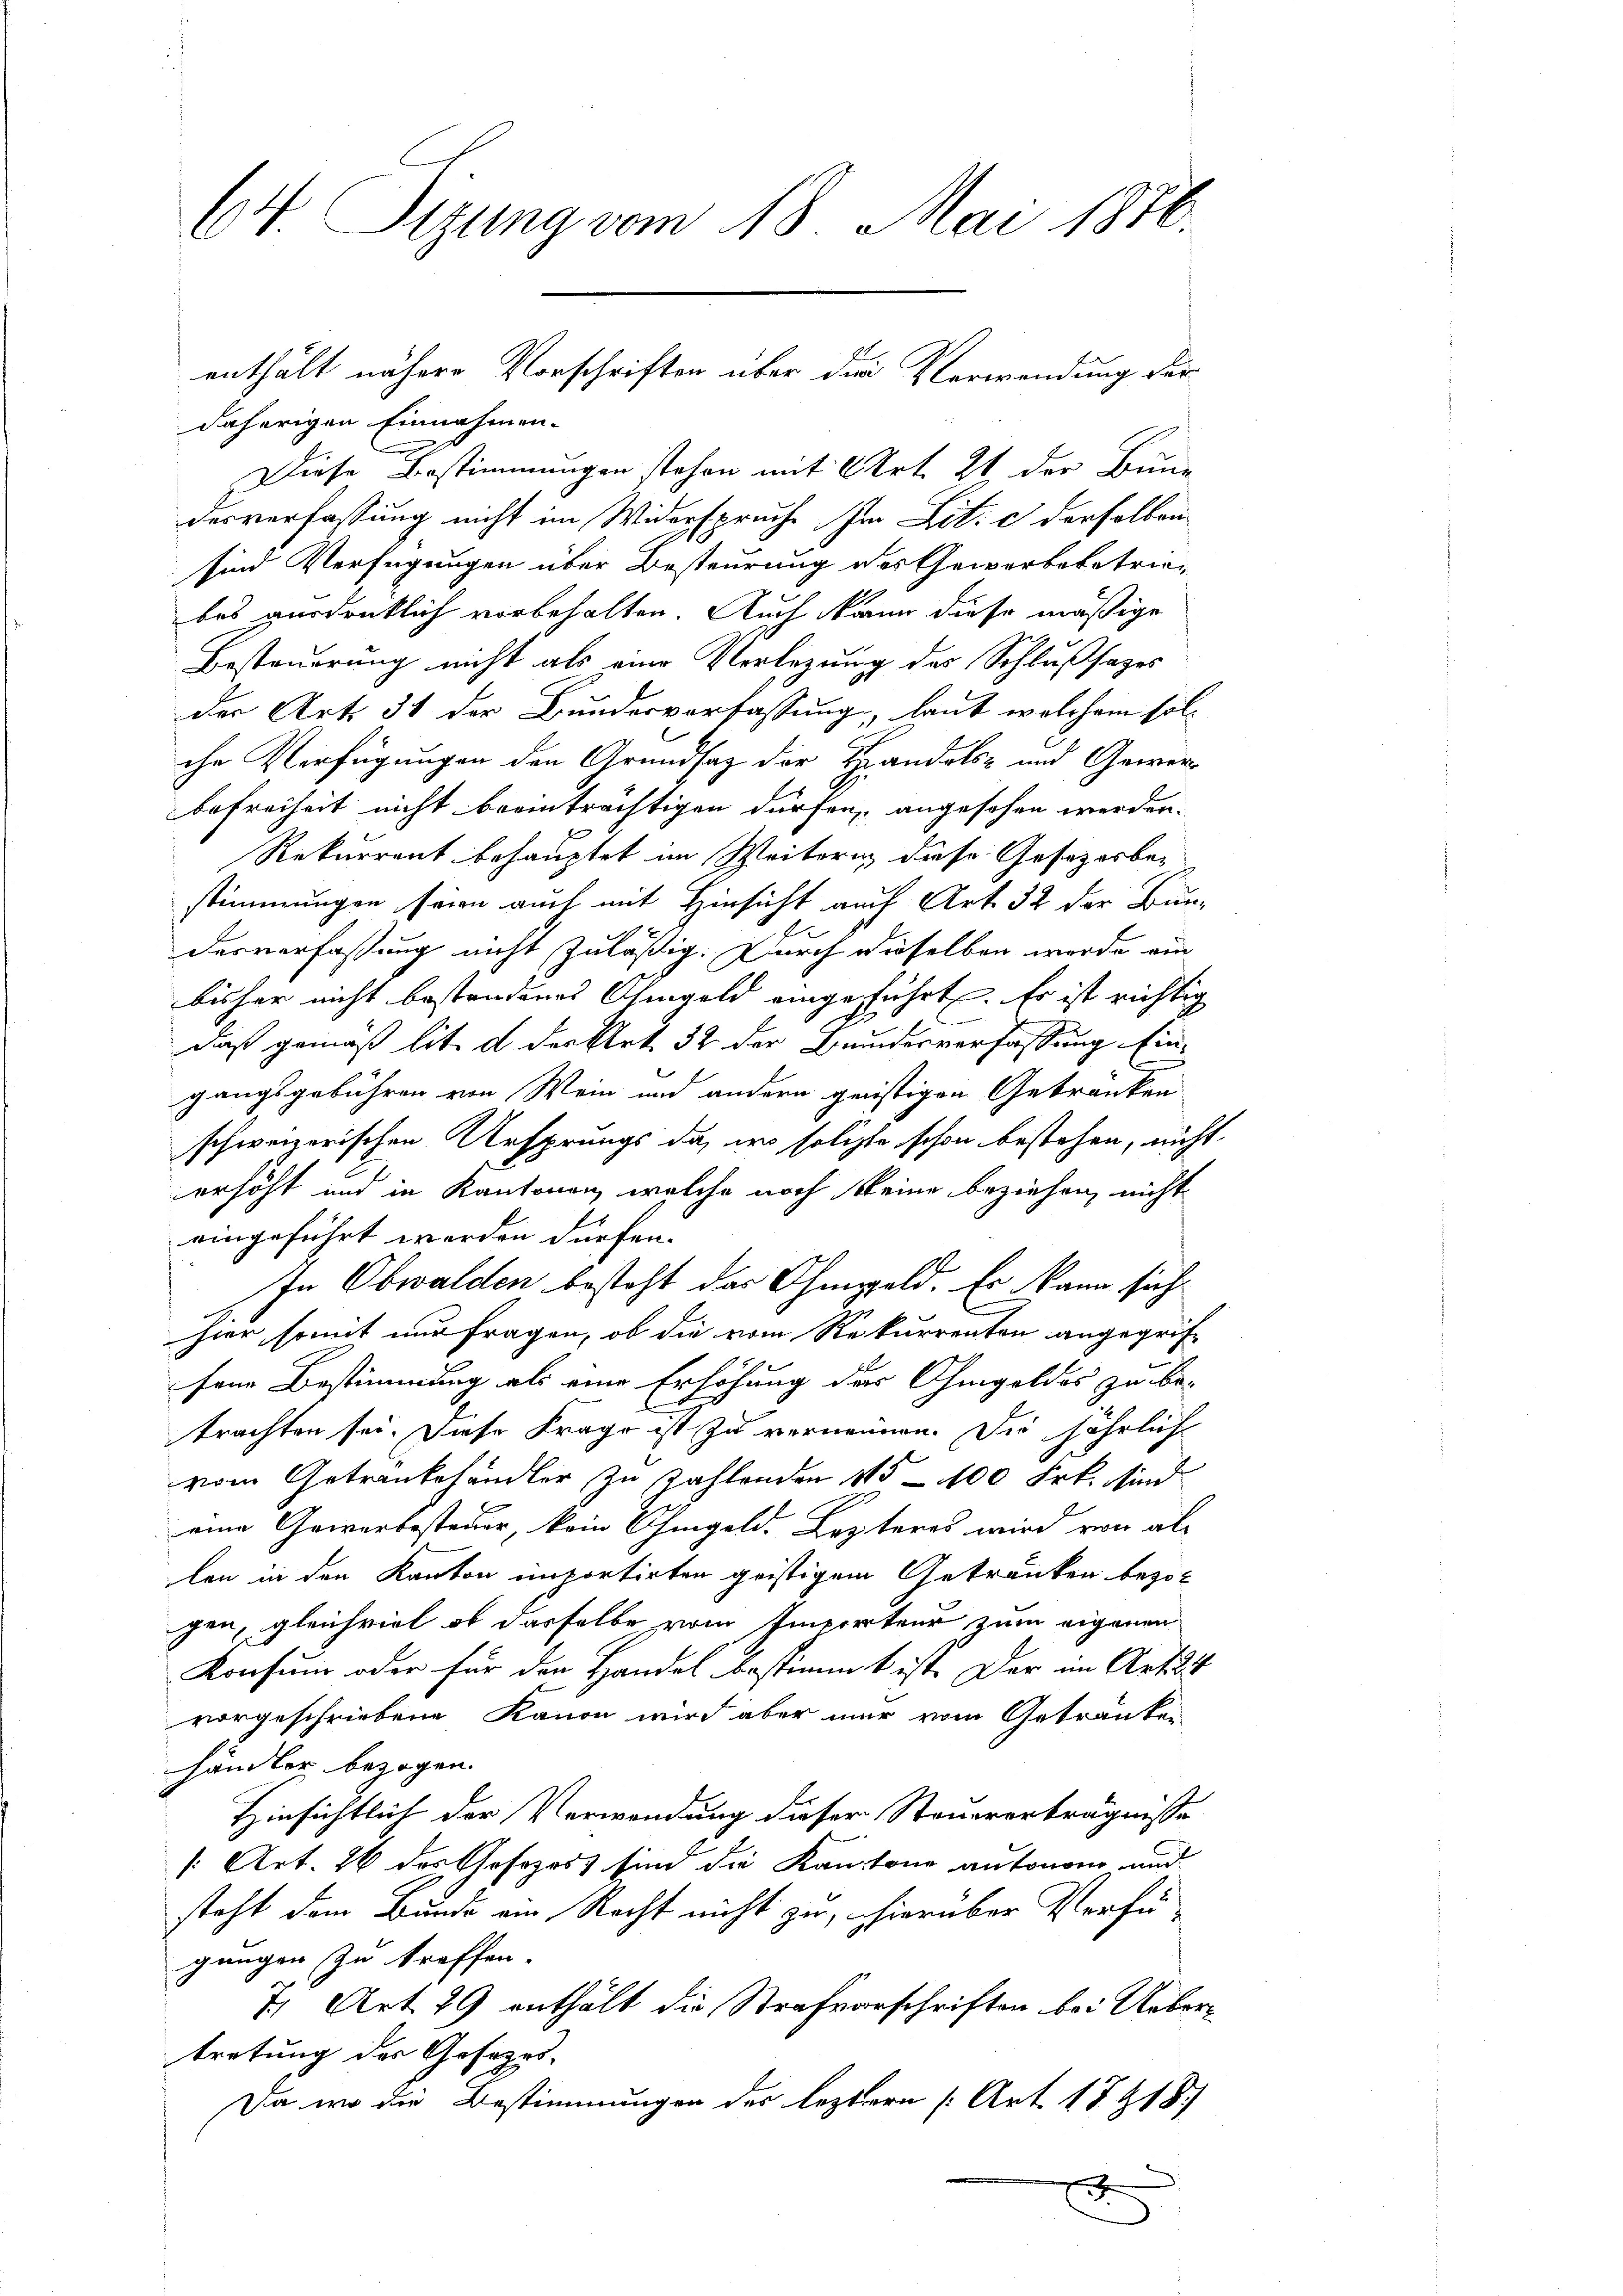
64 Sizung vom 18. Mai 1876.

daherigen Einnahmen.
Diese Bestimmungen stehen mit Art. 21 der Bunde
desverfassung nicht im Widerspruche im Lit. c derselben
sind Verfügungen über Besteurung des Gewerbebetriebes ausdrüklich vorbehalten. Auch kann diese mäßige
Besteuerung nicht als eine Verlegung des Schlußsatzes
der Art. 31 der Bundesverfassung, laut welchem solche Verfügungen den Grundsaz der Handels- und Gewerbefreiheit nicht beeinträchtigen dürfen, angesehen werden.
Rekurrent behauptet im Weiterung diese Gosozorbestimmungen seien auch mit Hinsicht auch Art. 32 der Bun¬
2
desverfassung nicht zuläßig. Durch dieselben werde ein
bisher nicht bestandenes Ohmgeld eingeführt. Es ist richtig
daß gemäß lit. d der Art. 32 der Brundesverfassung Eingangsgebühren von Wein und andern geistigen Gekränken
schweizerischen Ursprungs da, wo solche schon bestehen, nicht
erhöht und in Kantonen, welche noch keine beziehen, nicht
eingeführt werden dürfen.
In Obwalden besteht das Ohmgeld. Er kann sich
hier somit nur fragen, ob die vom Rekurrenten angegriffene Bestimmung als eine Erhöhung der Ohmgeldes zu be-
trachten sei. Diese Frage ist zu vernennen. Die jährlich
vom Getrankehändler zu zahlenden 115 - 100 Frk. sind.
eine Gewerbssteuer, kein Ohmgeld. Lezteres wird von allen in den Kanton unportirten geistigem Getränken bezo
gen, gleichviel ob dasselbe vom Imperteur zum eigenen
Konsum oder für den Handel bestimmt ist. Der im Art. 34
vorgeschriebene Kanon wird aber mir vom Getränker
händler bezogen.
Hinsichtlich der Verwendung dieser Steuererträgnisse
[: Art. 26 des Gesozoss sind die Kantone autonomo und
steht dem Bunde ein Recht nicht zu, hierüber Verfü-
gungen zu treffen.
7) Art. 29 enthält die Strafverschriften bei Uebertretung des Gesezes-
Da wo die Bestimmungen der leztern [Art. 17218)
1

enthält nähere Vorschriften über die Verwendung der